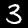
Digit: 3